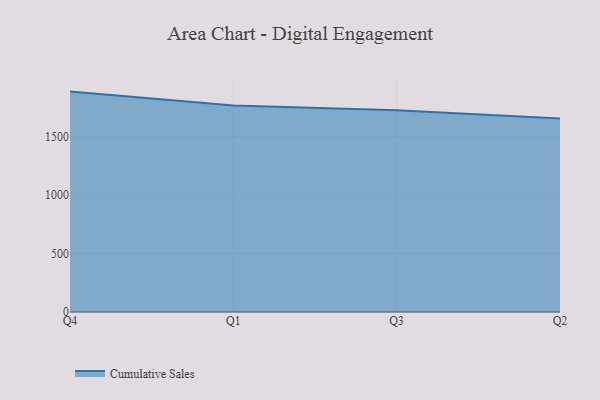
{"axis": {"x": "Quarter", "y": "Market Share (%)"}, "legend": ["Cumulative Sales"], "data": [{"x": "Q4", "y": 1886.7, "type": "Cumulative Sales"}, {"x": "Q1", "y": 1767.7, "type": "Cumulative Sales"}, {"x": "Q3", "y": 1726.6, "type": "Cumulative Sales"}, {"x": "Q2", "y": 1657.4, "type": "Cumulative Sales"}]}